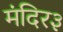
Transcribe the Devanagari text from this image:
मंदिर३